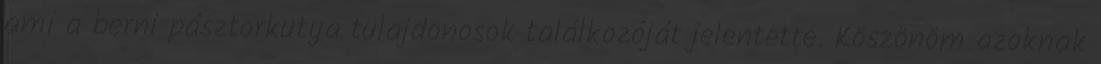
ami a berni pásztorkutya tulajdonosok találkozóját jelentette. Köszönöm azoknak